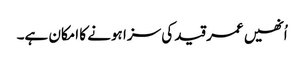
اُنھیں عمر قید کی سزا ہونے کا امکان ہے۔